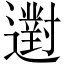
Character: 𨘗